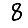
Digit: 8